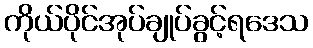
ကိုယ်ပိုင်အုပ်ချုပ်ခွင့်ရဒေသ